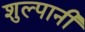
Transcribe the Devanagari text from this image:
शुल्पानी